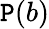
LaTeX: \mathtt{P}(b)